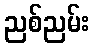
ညစ်ညမ်း